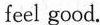
feel good.